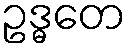
ဥဒ္ဓတေ